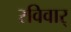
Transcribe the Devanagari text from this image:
रविवार्